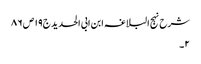
شرح نہج البلاغہ ابن ابی الحدید ج١٩ ص ٨٦
٢۔